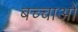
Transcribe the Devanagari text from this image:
बच्चाओं